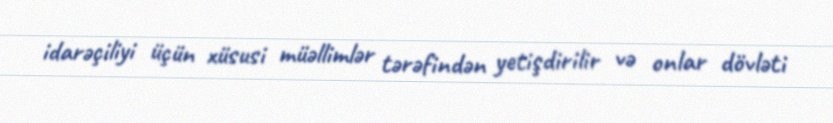
idarəçiliyi üçün xüsusi müəllimlər tərəfindən yetişdirilir və onlar dövləti